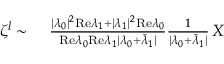
\begin{array} { r l } { \zeta ^ { l } \sim } & { { } ~ \frac { \vert \lambda _ { 0 } \vert ^ { 2 } \mathrm { R e } \lambda _ { 1 } + \vert \lambda _ { 1 } \vert ^ { 2 } \mathrm { R e } \lambda _ { 0 } } { \mathrm { R e } \lambda _ { 0 } \mathrm { R e } \lambda _ { 1 } \vert \lambda _ { 0 } + \bar { \lambda } _ { 1 } \vert } \frac { 1 } { \vert \lambda _ { 0 } + \bar { \lambda } _ { 1 } \vert } \, X } \end{array}